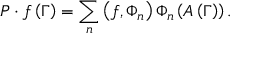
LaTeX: P \cdot f \left( \Gamma \right) = \sum _ { n } \left( f , \Phi _ { n } \right) \Phi _ { n } \left( A \left( \Gamma \right) \right) .